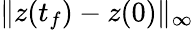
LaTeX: \| z(t_{f})-z(0)\| _{\infty}